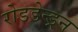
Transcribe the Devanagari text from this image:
रोडडेन्ड्रन